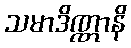
သမာဒိဏ္ဏာနိ